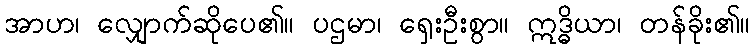
အာဟ၊ လျှောက်ဆိုပေ၏။ ပဌမာ၊ ရှေးဦးစွာ။ ဣဒ္ဓိယာ၊ တန်ခိုး၏။